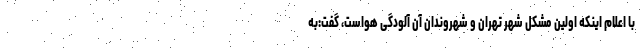
با اعلام اینکه اولین مشکل شهر تهران و شهروندان آن آلودگی هواست، گفت:به